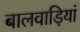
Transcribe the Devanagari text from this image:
बालवाड़ियां